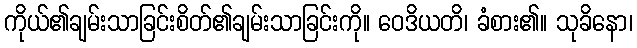
ကိုယ်၏ချမ်းသာခြင်းစိတ်၏ချမ်းသာခြင်းကို။ ဝေဒိယတိ၊ ခံစား၏။ သုခိနော၊